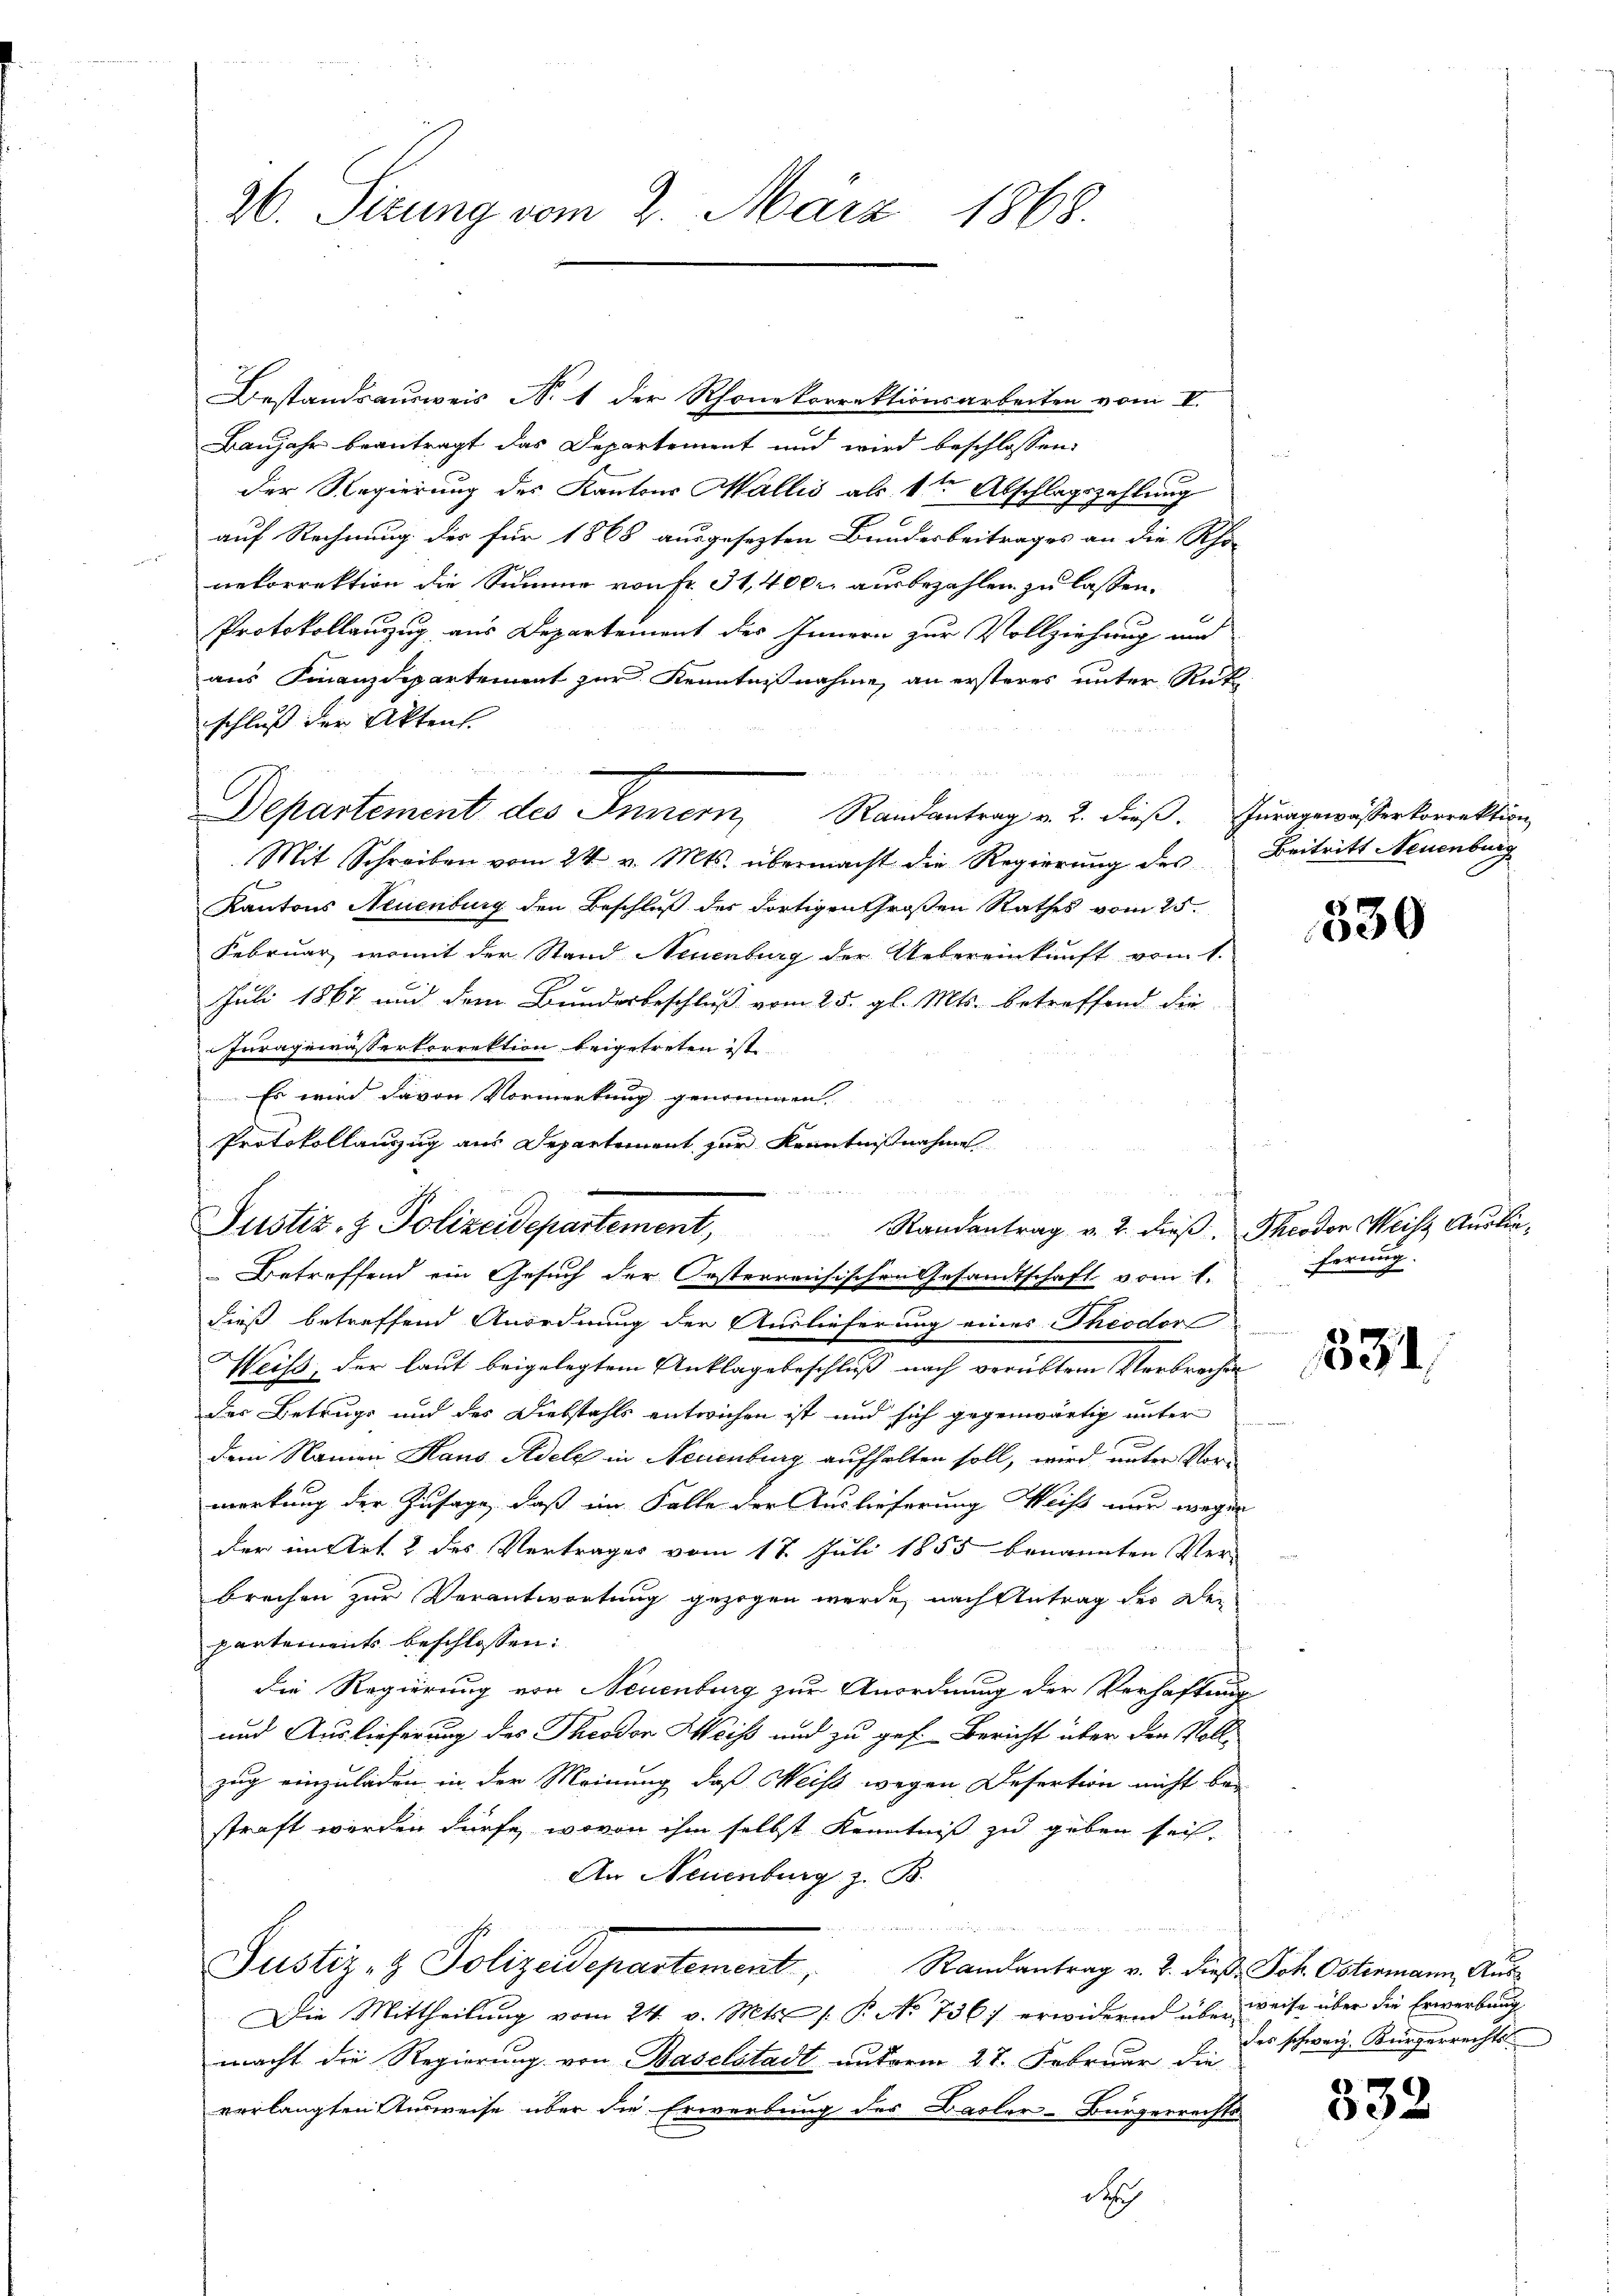
26. Sirung vom 2. März 1868.

Bestandsausweis N. 1 der Rhonekorrektionsarbeiten vom II.
Banjahr beantragt das Departement und wird beschlossen:
der Regierung des Kantons Wallis als 1ten Abschlagszahlung
auf Rechnung der für 1868 ausgesezten Bundesbeitrages an die Rho-
nekorrektion die Summe von Fr. 31, 400 ausbezahlen zu lassen.
Protokollauzug aus Departement des Innern zur Vollziehung und
aus Finanzdepartement zur Kenntnißnahme, an ersteres unter Rüt
schluss der Aktens
Mit Schreiben vom 24. v. Mts. übermacht die Regierung des Beitritt Neuenburg
Kantons Neuenburg den Beschluß der dortigen Großen Rathes vom 25.
Februar, womit der Stand Neuenburg der Uebereinkunft vom 1.
Juli 1867 und dem Bundesbeschluß vom 25. gl. Mts. betreffend die
Juragewässerkorrektion beigetreten ist.
0
Es wird davon Vormerkung genommen,
Protokollauszug aus Departement zur Kenntnißnahme
Randantrag v. 2. dieß Theodor Weise Ausliedieß betreffend Anordnung der Auslieferung eines Theodor
Weiß, der laut beigelegtem Anklagebeschluß nach verübter Verbrechen
der Betrugs und des Diebstahls entwichen ist und sich gegenwärtig unter
dem Namen Haus Adele in Neuenburg aufhalten soll, wird unter Vorwortung der Zusage, daß im Falle der Auslieferung Weiß nur wegen
der im Art. 2 des Vertrages vom 17. Juli 1855 benannten Ver-
brechen zur Verantwortung gezogen werde, nach Antrag des Dei
partements beschlossen:
dDie Regierung von Neuenburg zur Anordnung der Verhaftung
und Auslieferung des Theodor Weiß und zu gef. Bericht über den Vollzug einzuladen in der Meinung, daß Weiss wegen Desertion nicht bei
straft werden dürfe, wovon ihm selbst Kenntniß zu geben sei.
An Neuenburg z. B.

Justiz- & Polizeidepartement,
Randantrag v. 2. dieß Joh. Ostermann, Aus¬
Die Mittheilung vom 24. v. Mts. /: P. No 736) erwidernd überweise über die Erwerbung
macht die Regierung von Baselstadt unterm 27. Februar die
verlangten Ausweise über die Erwerbung des Basler-Bürgerrechts
d

Departement des Innern Randantrag v. 2. dieβ. Jŭragewässerkorrektion

Justiz & Polizeidepartement,
Betreffend ein Gesuch der Oesterreichischen Gesandtschaft vom 1. fernug

530

534

des schweiz. Bürgerrechts

332